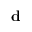
\mathbf { d }